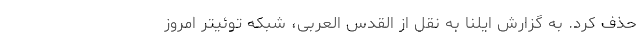
حذف کرد. به گزارش ایلنا به نقل از القدس العربی، شبکه توئیتر امروز